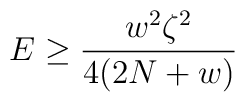
E \geq \frac{w^2 \zeta^2}{4(2 N + w)}